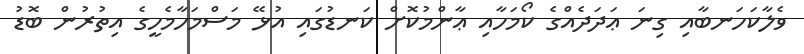
ވެލާކަހަނބާއި ގިނަ ޢަދަދެއްގެ ކޯމަހާއި ޢާންމުކޮށް ކަނޑުގައި އުޅޭ މަސްމަހާމެހީގެ އިތުރުން ބޮޑު